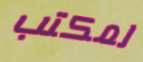
لمكتب